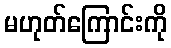
မဟုတ်ကြောင်းကို